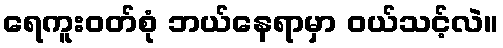
ရေကူးဝတ်စုံ ဘယ်နေရာမှာ ဝယ်သင့်လဲ။